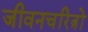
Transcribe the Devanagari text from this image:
जीवनचरित्रों